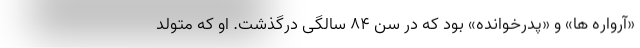
«آرواره ها» و «پدرخوانده» بود که در سن ۸۴ سالگی درگذشت. او که متولد